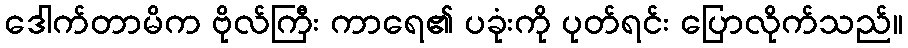
ဒေါက်တာမိက ဗိုလ်ကြီး ကာရေ၏ ပခုံးကို ပုတ်ရင်း ပြောလိုက်သည်။